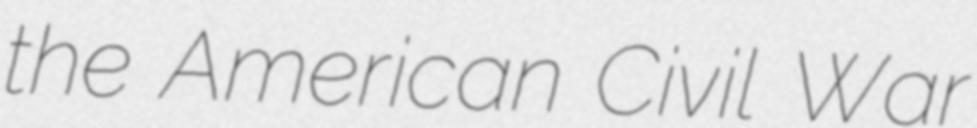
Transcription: the American Civil War